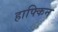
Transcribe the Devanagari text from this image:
हाफ्किन